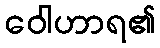
ဝေါဟာရ၏